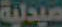
صيدلية